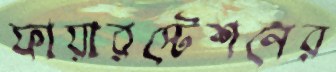
ফায়ারস্টেশনের